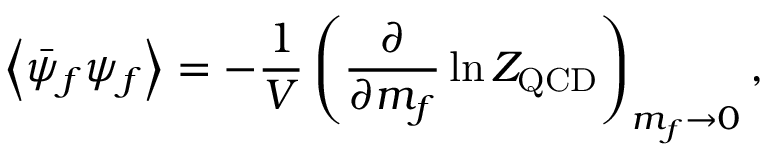
\left< \bar { \psi } _ { f } \psi _ { f } \right> = - \frac { 1 } { V } \left( \frac { \partial } { \partial m _ { f } } \ln { \cal Z } _ { \mathrm { Q C D } } \right) _ { m _ { f } \to 0 } ,